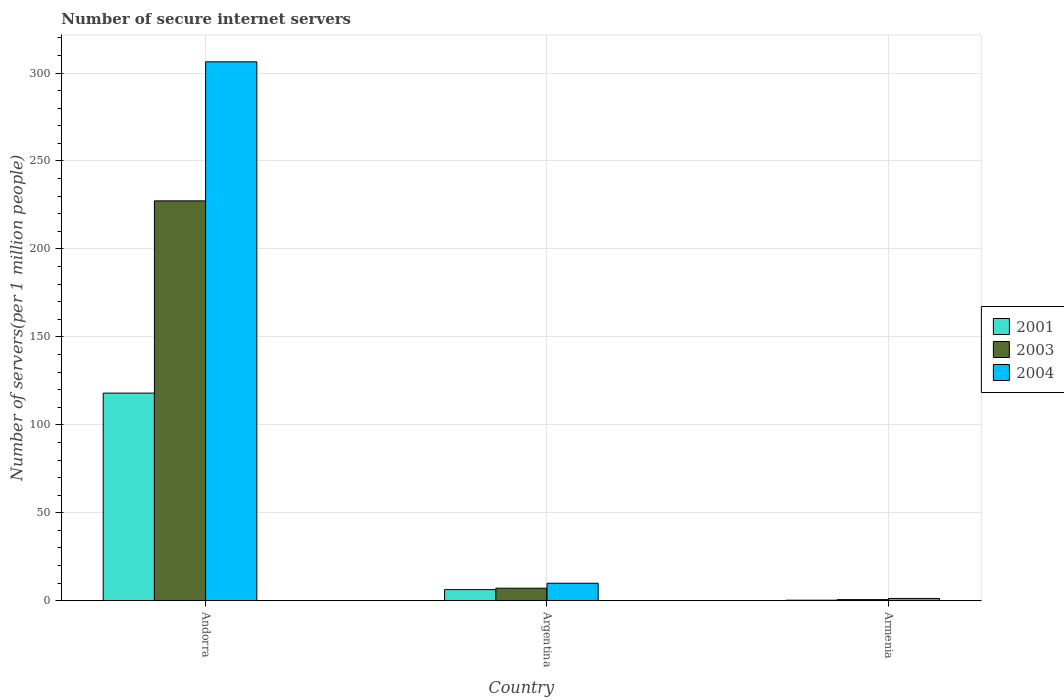
| Country | 2001 | 2003 | 2004 |
 | --- | --- | --- | --- |
 | Andorra | 118 | 227 | 306 |
 | Argentina | 6.35 | 7.15 | 9.97 |
 | Armenia | 0.327 | 0.659 | 1.32 |